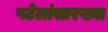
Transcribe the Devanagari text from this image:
पटेलांसारख्या